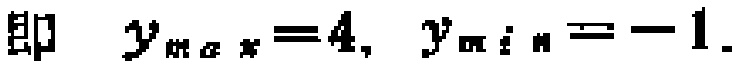
即 \(y_{\max}=4,\ y_{\min}=-1\).